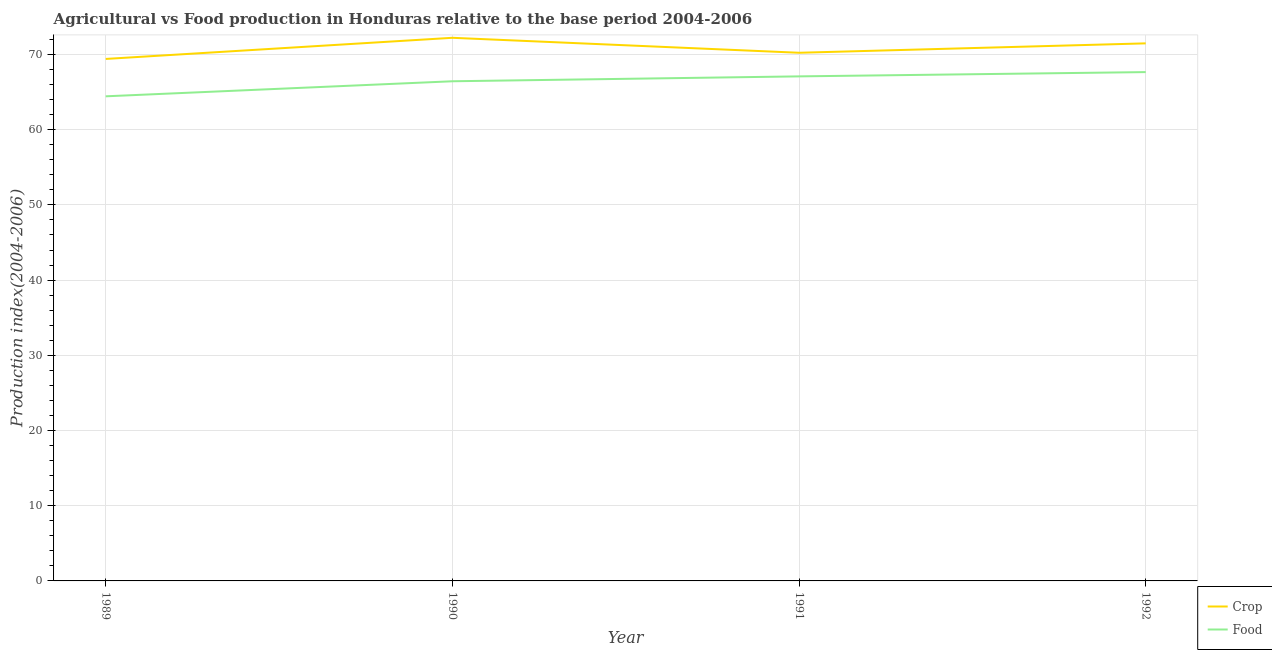
| Year | Crop | Food |
 | --- | --- | --- |
 | 1989 | 69.4 | 64.4 |
 | 1990 | 72.2 | 66.4 |
 | 1991 | 70.2 | 67.1 |
 | 1992 | 71.5 | 67.7 |